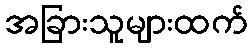
အခြားသူများထက်